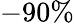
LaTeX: -90\%